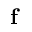
\mathbf { f }